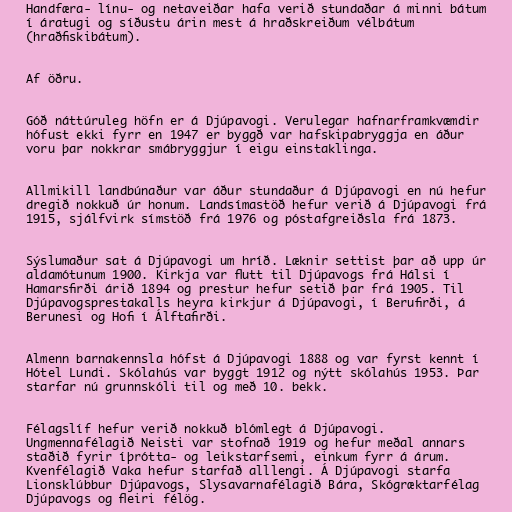
Handfæra- línu- og netaveiðar hafa verið stundaðar á minni bátum
í áratugi og síðustu árin mest á hraðskreiðum vélbátum
(hraðfiskibátum).

Af öðru.

Góð náttúruleg höfn er á Djúpavogi. Verulegar hafnarframkvæmdir
hófust ekki fyrr en 1947 er byggð var hafskipabryggja en áður
voru þar nokkrar smábryggjur í eigu einstaklinga.

Allmikill landbúnaður var áður stundaður á Djúpavogi en nú hefur
dregið nokkuð úr honum. Landsímastöð hefur verið á Djúpavogi frá
1915, sjálfvirk símstöð frá 1976 og póstafgreiðsla frá 1873.

Sýslumaður sat á Djúpavogi um hríð. Læknir settist þar að upp úr
aldamótunum 1900. Kirkja var flutt til Djúpavogs frá Hálsi í
Hamarsfirði árið 1894 og prestur hefur setið þar frá 1905. Til
Djúpavogsprestakalls heyra kirkjur á Djúpavogi, í Berufirði, á
Berunesi og Hofi í Álftafirði.

Almenn barnakennsla hófst á Djúpavogi 1888 og var fyrst kennt í
Hótel Lundi. Skólahús var byggt 1912 og nýtt skólahús 1953. Þar
starfar nú grunnskóli til og með 10. bekk.

Félagslíf hefur verið nokkuð blómlegt á Djúpavogi.
Ungmennafélagið Neisti var stofnað 1919 og hefur meðal annars
staðið fyrir íþrótta- og leikstarfsemi, einkum fyrr á árum.
Kvenfélagið Vaka hefur starfað alllengi. Á Djúpavogi starfa
Lionsklúbbur Djúpavogs, Slysavarnafélagið Bára, Skógræktarfélag
Djúpavogs og fleiri félög.